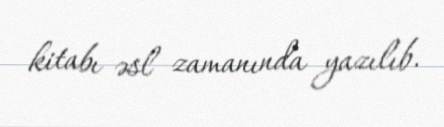
kitabı əsl zamanında yazılıb.